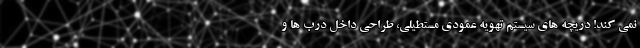
نمی کند! دریچه های سیستم تهویه عمودی مستطیلی، طراحی داخل درب ها و